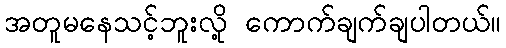
အတူမနေသင့်ဘူးလို့ ကောက်ချက်ချပါတယ်။